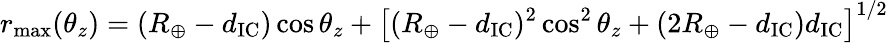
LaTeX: r_{\operatorname*{max}}(\theta_{z})=(R_{\oplus}-d_{\mathrm{IC}})\cos\theta_{z}+\left[(R_{\oplus}-d_{\mathrm{IC}})^{2}\cos^{2}\theta_{z}+(2R_{\oplus}-d_{\mathrm{IC}})d_{\mathrm{IC}}\right]^{1/2}